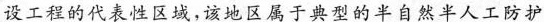
设工程的代表性区域，该地区属于典型的半自然半人工防护